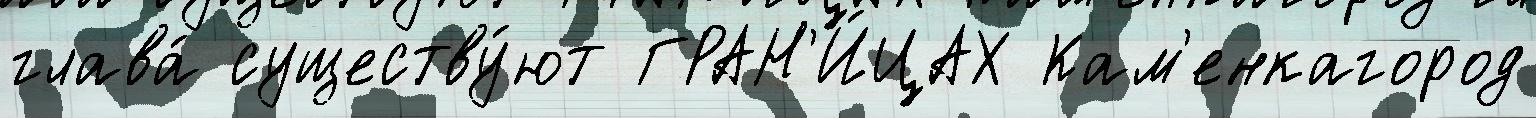
глава́ существу́ют ГРАН'И́ЦАХ Кам'енкагород